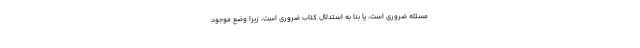
مسئله ضروری است، یا بنا به استدلال کتاب ضروری است، زیرا وضع موجود